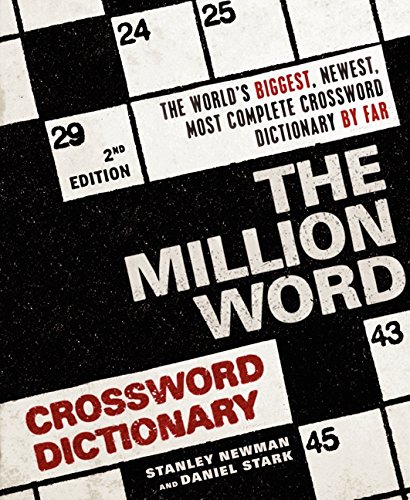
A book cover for The Million Word Crossword Dictionary (2nd Edition); Stanley Newman; Humor & Entertainment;